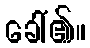
ခေါ်၏။